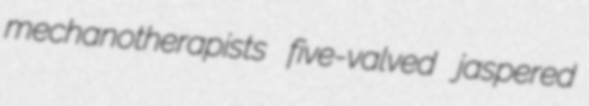
mechanotherapists five-valved jaspered